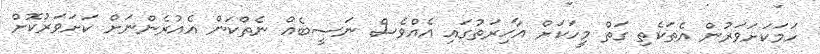
ހަމަކަށަވަރުން އެތަކެތި ގަތް މީހަކަށް އާޚިރަތުގައި އެއްވެސް ނަސީބެއް ނެތްކަން އެއުރެންނަށް ކަށަވަރުކޮށް